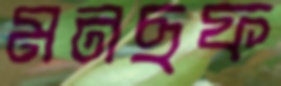
মনছফ